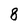
Character: 8